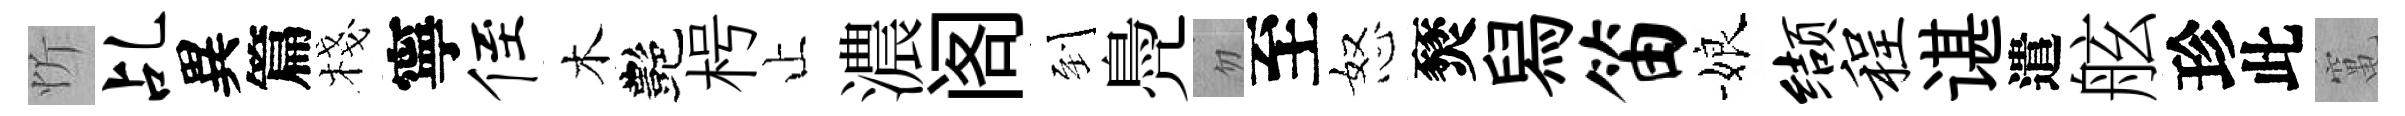
忻乩異篇棧寧侄木艷枵止濃阁到鳧忽至怒燹舄笛娘缬程谌遣舷珍此𥧄